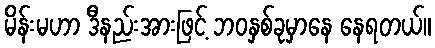
မိန်းမဟာ ဒီနည်းအားဖြင့် ဘဝနှစ်ခုမှာနေ နေရတယ်။